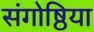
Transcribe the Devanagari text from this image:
संगोष्ठिया